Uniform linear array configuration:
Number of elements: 8
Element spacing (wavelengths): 1
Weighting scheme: exponential
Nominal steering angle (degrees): -30
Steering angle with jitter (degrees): -28.126
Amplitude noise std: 0.05
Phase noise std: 0.05

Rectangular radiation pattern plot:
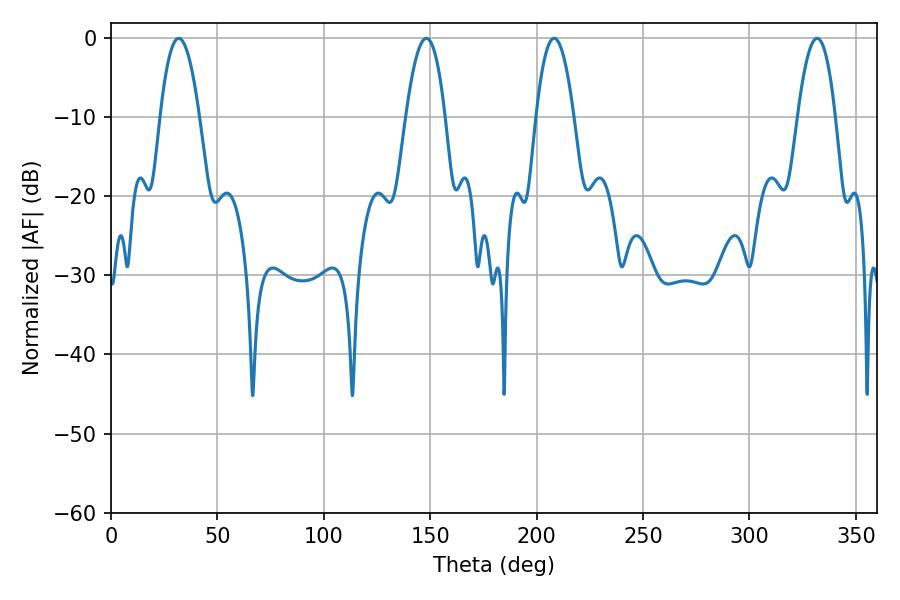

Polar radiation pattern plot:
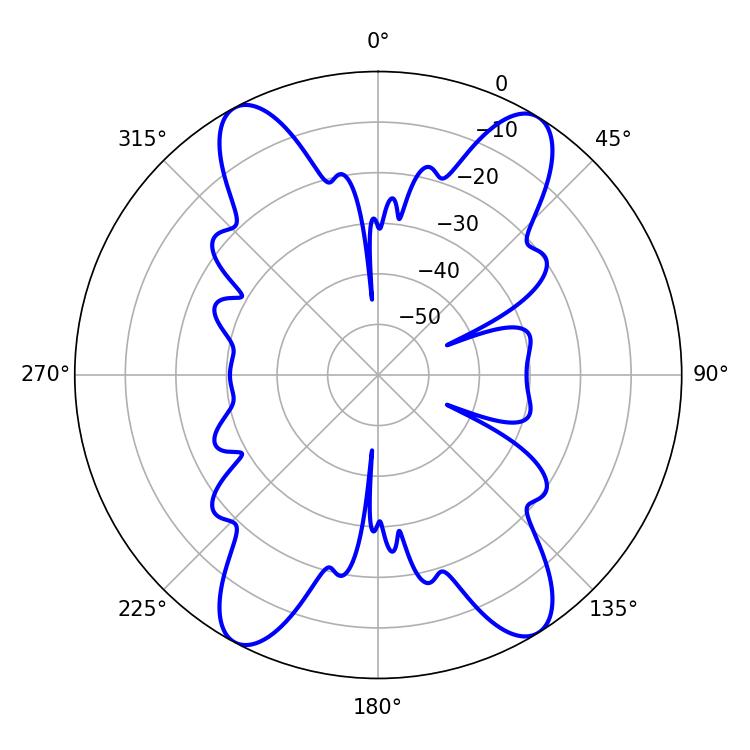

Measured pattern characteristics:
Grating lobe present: TRUE
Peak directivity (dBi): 18.834
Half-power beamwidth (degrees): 10.26
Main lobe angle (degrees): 31.86